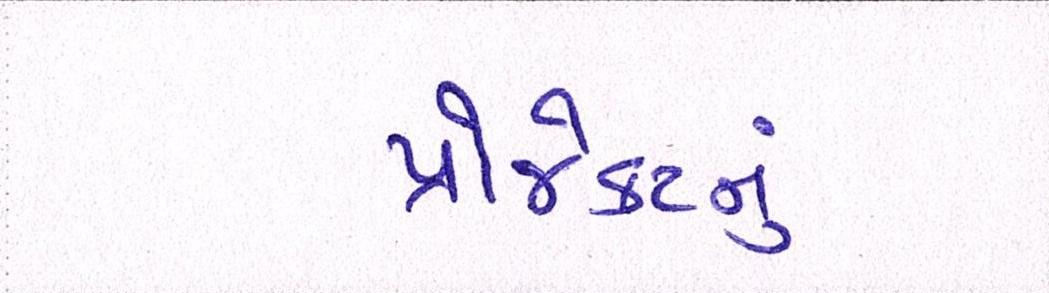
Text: પ્રોજેકટનું